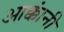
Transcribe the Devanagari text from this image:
आक्कांनी